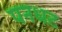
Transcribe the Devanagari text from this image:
पनधट